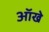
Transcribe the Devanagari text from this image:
आॅखे